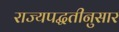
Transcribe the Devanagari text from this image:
राज्यपद्धतीनुसार